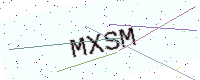
Text: MXSM